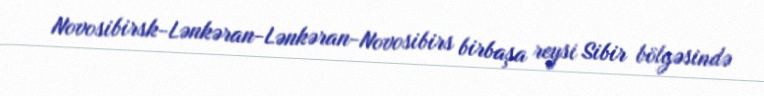
Novosibirsk-Lənkəran-Lənkəran-Novosibirs birbaşa reysi Sibir bölgəsində